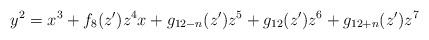
LaTeX: \begin{align*}y^2=x^3+f_8(z')z^4x+g_{12-n}(z')z^5 +g_{12}(z')z^6 +g_{12+n}(z')z^7\end{align*}